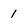
Character: 1